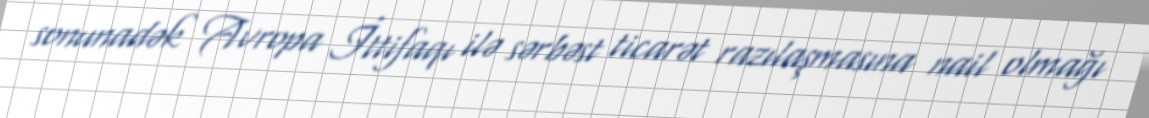
sonunadək Avropa İttifaqı ilə sərbəst ticarət razılaşmasına nail olmağı